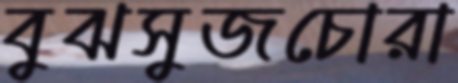
বুঝসুজচোরা